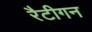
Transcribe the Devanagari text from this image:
रैटीगन